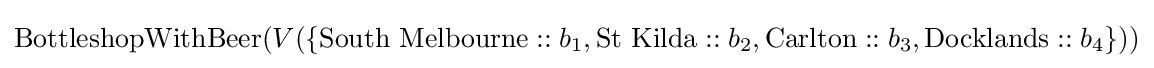
{\text{BottleshopWithBeer}}(V(\{{\text{South Melbourne}}::b_{1},{\text{St Kilda}}::b_{2},{\text{Carlton}}::b_{3},{\text{Docklands}}::b_{4}\}))